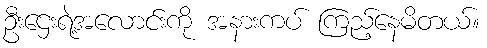
ဦးဌေးရဲ့အလောင်းကို အနားကပ် ကြည့်နေမိတယ်။